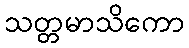
သတ္တမာသိကော